Indian journal of veterinary science and animal husbandry - Volumes 18-21, 1948-1951
Year: 1948
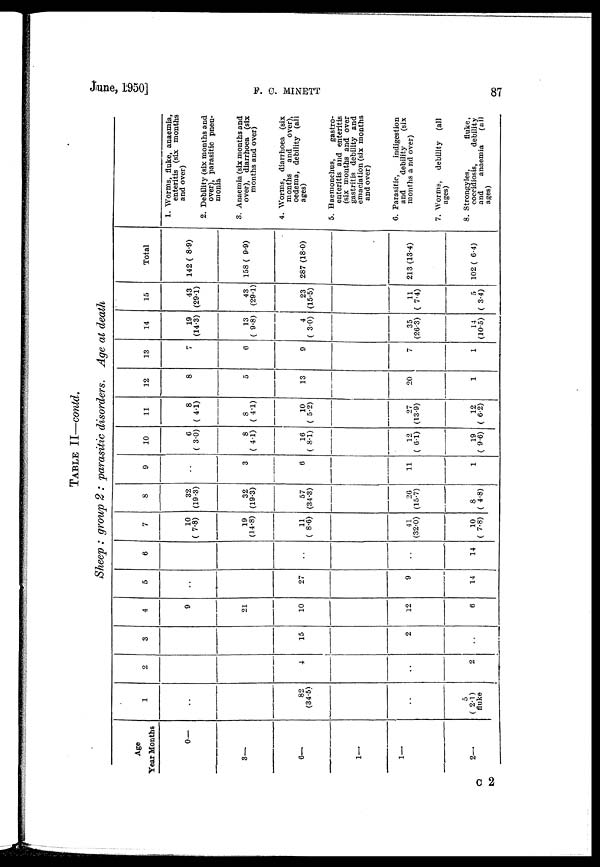
June, 1950]
F.
C.
MINETT
87
TABLE II—contd.
Sheep : group 2 : parasitic disorders. Age at death
Age
Year
3—
6—
1—
1—
2—
Months
0—
1
. .
82
(34.5)
. .
5
(2.1)
fluke
2
4
. .
2
3
15
2
. .
4
9
21
10
12
6
5
. .
27
9
14
6
. .
. .
14
7
10
(7.8)
19
(14.8)
11
(8.6)
41
(32.0)
10
(7.8)
8
32
(19.3)
32
(19.3)
57
(34.3)
26
(15.7)
8
(4.8)
9
. .
3
6
11
1
10
6
(3.0)
8
(4.1)
16
(8.1)
12
(6.1)
19
(9.6)
11
8
(4.1)
8
(4.1)
10
(5.2)
27
(13.9)
12
(6.2)
12
8
5
13
20
1
13
7
6
9
7
1
14
19
(14.3)
13
(9.8)
4
(3.0)
35
(26.3)
14
(10.5)
15
43
(29.1)
43
(29.1)
23
(15.5)
11
(7.4)
5
(3.4)
Total
142 (8.9)
158 (9.9)
287 (18.0)
213 (13.4)
102 (6.4)
1. Worms, fluke, anaemia,
enteritis (six months
and over)
2. Debility (six months and
over), parasitic pneu-
monia
3. Anaemia (six months and
over), diarrhoea (six
months and over)
4. Worms, diarrhoea (six
months and over),
oedema, debility (all
ages)
5. Haemonchus,gastro-
enteritis and enteritis
(six months and over
gastritis debility and
emaciation (six months
and over)
6. Parasitic, indigestion
and
debility
(six
months and over)
7. Worms, debility (all
ages)
8. Strongyles,fluke,
coccidiosis, debility
and
anaemia
(all
ages)
C 2